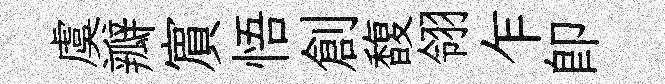
虞瓣賔悟創馥翎乍即